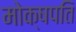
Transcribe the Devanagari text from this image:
मोक्षपति